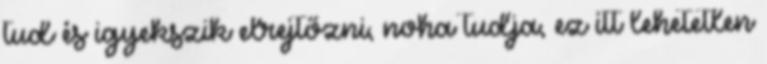
tud és igyekszik elrejtőzni, noha tudja, ez itt lehetetlen